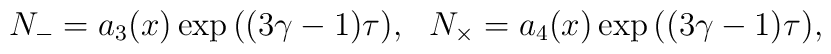
N_-  =  a_{3}(x)\exp{((3\gamma-1)\tau)},~~ N_{\times}  =  a_{4}(x)\exp{((3\gamma-1)\tau)},